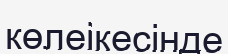
көлеікесінде